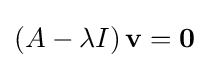
\left(A-\lambda I\right)\mathbf {v} =\mathbf {0}